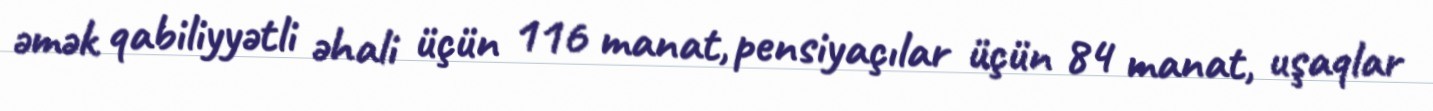
əmək qabiliyyətli əhali üçün 116 manat, pensiyaçılar üçün 84 manat, uşaqlar